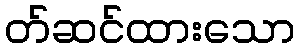
တ်ဆင်ထားသော